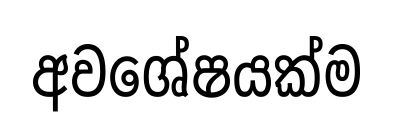
අවශේෂයක්ම